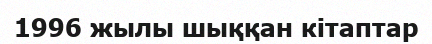
1996 жылы шыққан кітаптар